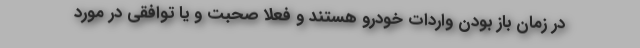
در زمان باز بودن واردات خودرو هستند و فعلاً صحبت و یا توافقی در مورد